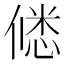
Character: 𭝲